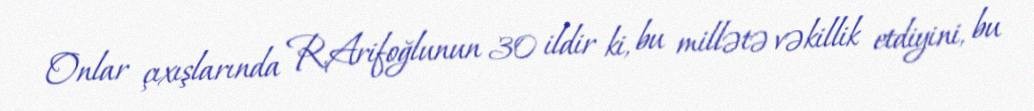
Onlar çıxışlarında R.Arifoğlunun 30 ildir ki, bu millətə vəkillik etdiyini, bu